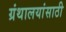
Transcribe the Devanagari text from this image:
ग्रंथालयांसाठी